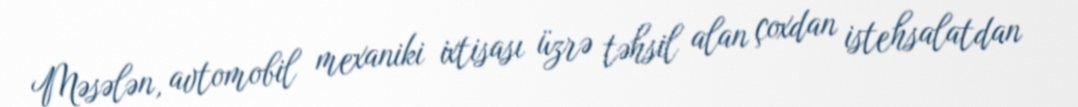
Məsələn, avtomobil mexaniki ixtisası üzrə təhsil alan çoxdan istehsalatdan